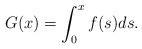
LaTeX: \begin{align*}G(x)=\int_0^xf(s)ds.\end{align*}